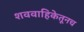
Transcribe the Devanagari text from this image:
शववाहिकेतूनच